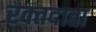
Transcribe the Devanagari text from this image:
रक्‍तदाता